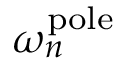
\omega _ { n } ^ { \mathrm { p o l e } }